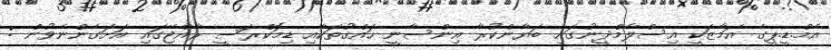
އެމް.ޑީ.ޕީގެ އަމާޒަކީ އިސްލާމްދީނުގައި ބަޔާންކުރާ އިންސާނީ ހައްޤުތަކާއި ޑިމޮކްރަސީ ރާއްޖޭގައި އަށަގެންނެވުން :